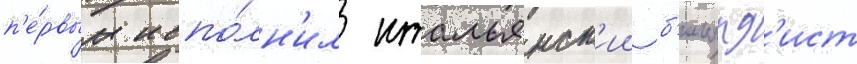
п'е́рвым испо́лн'ил итальянск'ии б'ильярд'ист